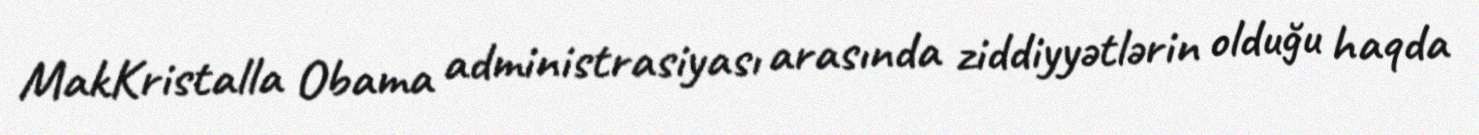
MakKristalla Obama administrasiyası arasında ziddiyyətlərin olduğu haqda